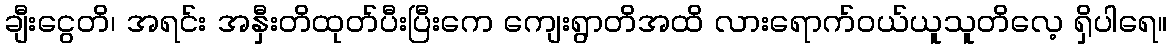
ချီးငွေတိ၊ အရင်း အနှီးတိထုတ်ပီးပြီးကေ ကျေးရွာတိအထိ လားရောက်ဝယ်ယူသူတိလေ့ ရှိပါရေ။